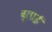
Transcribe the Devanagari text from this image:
ब्लाई